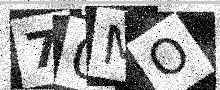
Text: 70MO